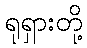
ရုရှားတို့